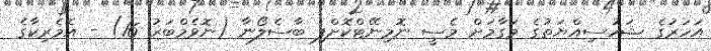
އަހަރުގެ ޝަހުސިއްޔަތުގެ މަގާމަށް މެސީ ނޮމިނޭޓްކޮށްފި ބާސެލޯނާ (ނޮވެމްބަރު 16) - އެމެރިކާގެ